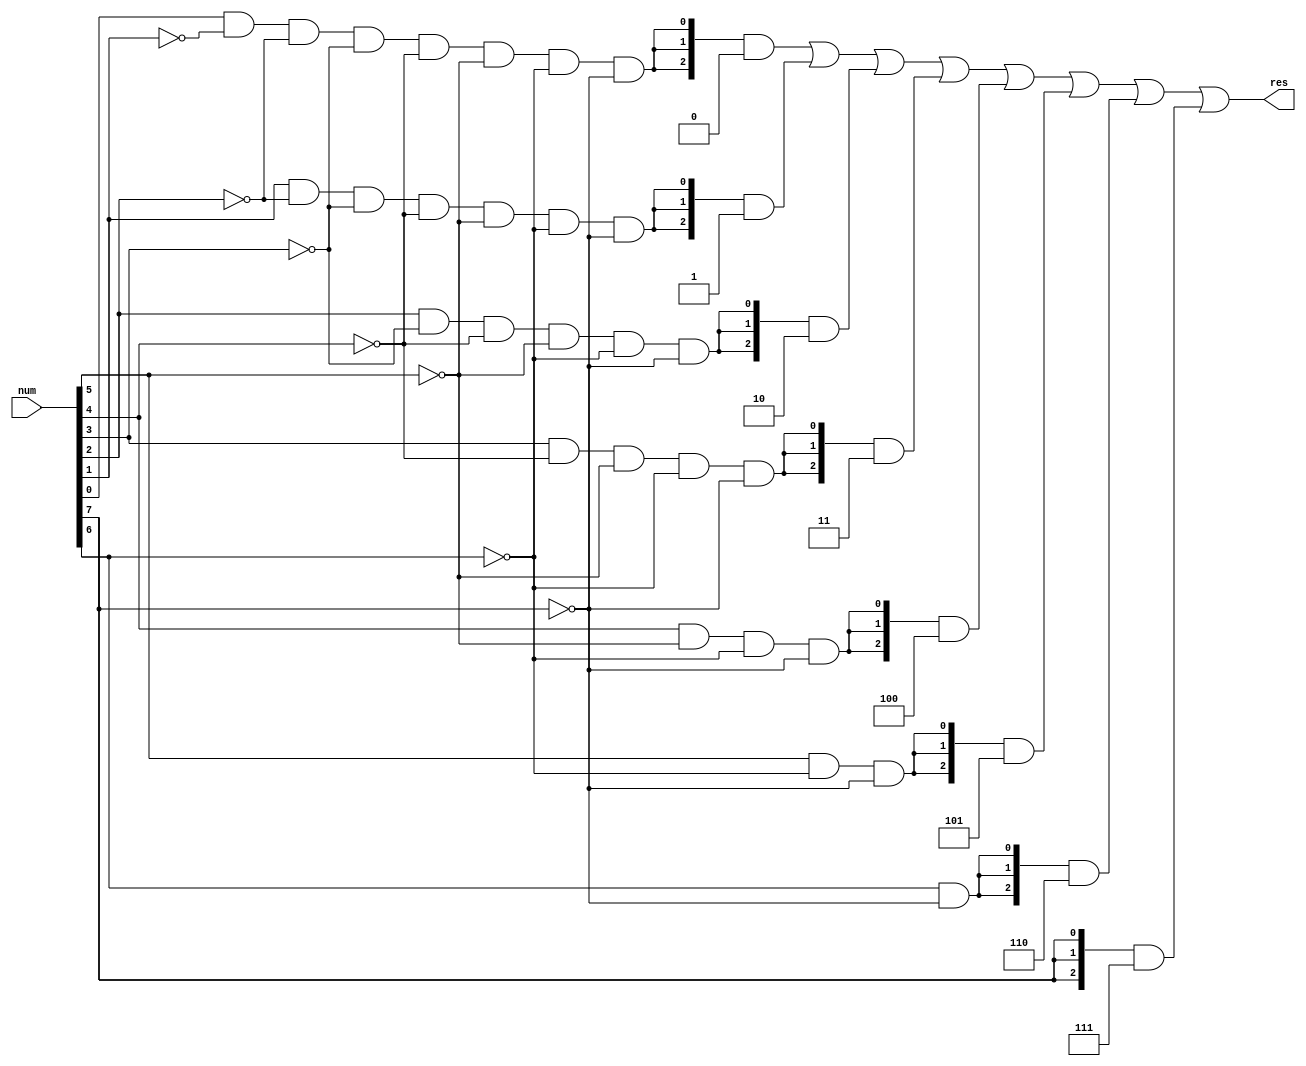
module decypher2(
    input [7:0] num,
    output [2:0] res
);  

    wire a[7:0];

    assign a[7] = num[7];
    assign a[6] = num[6] & ~num[7];
    assign a[5] = num[5] & ~num[6] & ~num[7];
    assign a[4] = num[4] & ~num[5] & ~num[6] & ~num[7];
    assign a[3] = num[3] & ~num[4] & ~num[5] & ~num[6] & ~num[7];
    assign a[2] = num[2] & ~num[3] & ~num[4] & ~num[5] & ~num[6] & ~num[7];
    assign a[1] = num[1] & ~num[2] & ~num[3] & ~num[4] & ~num[5] & ~num[6] & ~num[7];
    assign a[0] = num[0] & ~num[1] & ~num[2] & ~num[3] & ~num[4] & ~num[5] & ~num[6] & ~num[7];
    assign res = 	{3{a[0]}} & 3'd0 |
			{3{a[1]}} & 3'd1 |
			{3{a[2]}} & 3'd2 |
			{3{a[3]}} & 3'd3 |
			{3{a[4]}} & 3'd4 |
			{3{a[5]}} & 3'd5 |
			{3{a[6]}} & 3'd6 |
			{3{a[7]}} & 3'd7 ; 
endmodule